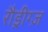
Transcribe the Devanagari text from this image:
रौड्रीग्ज़